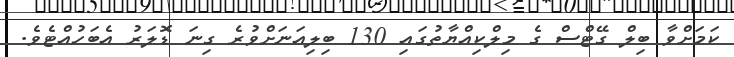
ކަމަށްވާ ބިލް ގޭޓްސް ގެ މިލްކިއްޔާތުގައި 130 ބިލިއަނަށްވުރެ ގިނަ ޑޮލަރު އެބަހުއްޓެވެ.